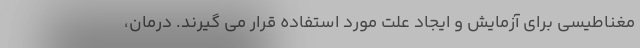
مغناطیسی برای آزمایش و ایجاد علت مورد استفاده قرار می گیرند. درمان،